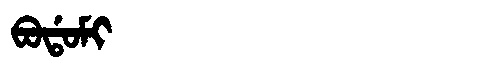
Manchu: ᠪᠣᡩᠣᠮᡳ
Romanization: BODOMI